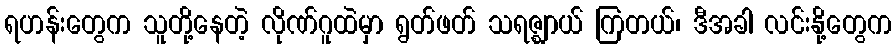
ရဟန်းတွေက သူတို့နေတဲ့ လိုဏ်ဂူထဲမှာ ရွတ်ဖတ် သရဇ္ဈာယ် ကြတယ်၊ ဒီအခါ လင်းနို့တွေက